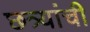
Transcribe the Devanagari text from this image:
छत्र्यांची